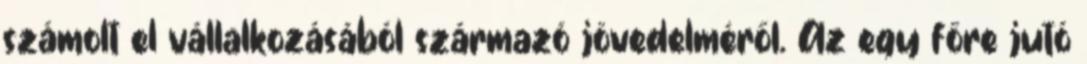
számolt el vállalkozásából származó jövedelméről. Az egy főre jutó